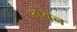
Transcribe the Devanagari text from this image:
गेवन